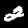
Label: 2